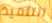
التلميذ